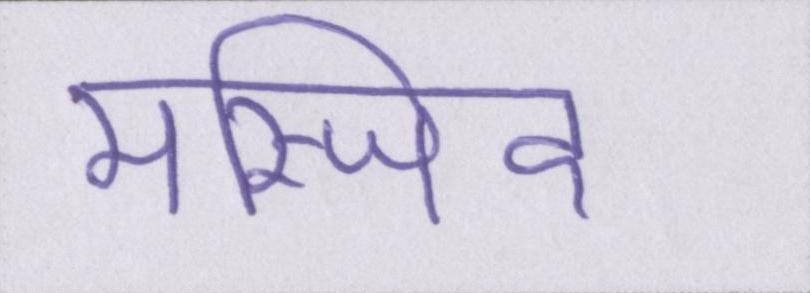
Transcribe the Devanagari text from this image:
मस्जिद